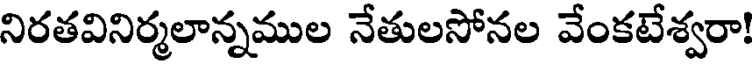
నిరతవినిర్మలాన్నముల నేతులసోనల వేంకటేశ్వరా!